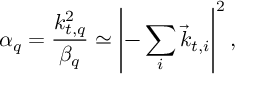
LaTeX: \alpha _ { q } = \frac { k _ { t , q } ^ { 2 } } { \beta _ { q } } \simeq \left| - \sum _ { i } { \vec { k } } _ { t , i } \right| ^ { 2 } ,